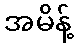
အမိန့်